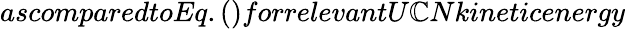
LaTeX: ascomparedtoEq.()forrelevantU\mathbb{C}Nkineticenergy